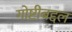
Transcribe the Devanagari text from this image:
गोष्टीबद्दल